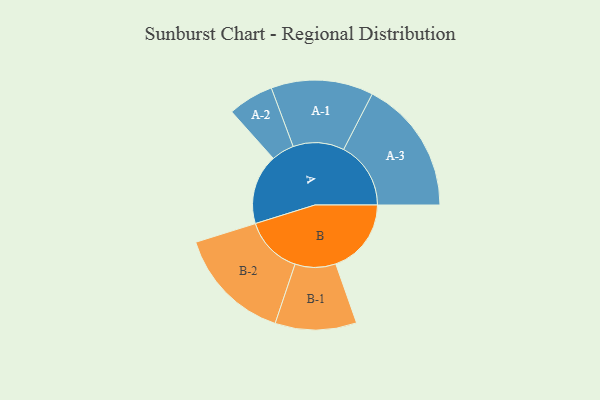
{"axis": {"x": "Segment", "y": "Value"}, "legend": ["", "A", "B"], "data": [{"x": "A", "y": 310, "type": ""}, {"x": "B", "y": 334, "type": ""}, {"x": "A-1", "y": 226, "type": "A"}, {"x": "A-2", "y": 101, "type": "A"}, {"x": "A-3", "y": 297, "type": "A"}, {"x": "B-1", "y": 180, "type": "B"}, {"x": "B-2", "y": 256, "type": "B"}]}